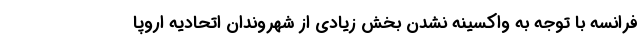
فرانسه با توجه به واکسینه نشدن بخش زیادی از شهروندان اتحادیه اروپا